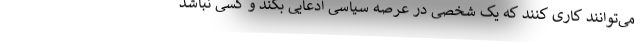
می‌توانند کاری کنند که یک شخصی در عرصه سیاسی ادعایی بکند و کسی نباشد